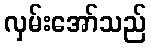
လှမ်းအော်သည်